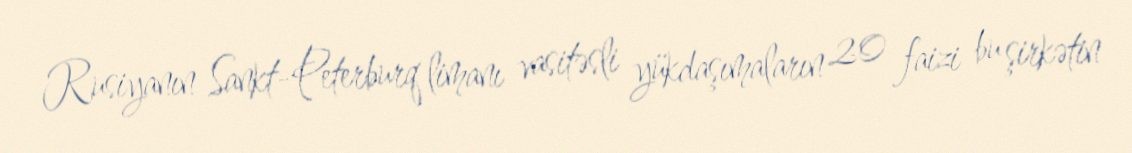
Rusiyanın Sankt-Peterburq limanı vasitəsli yükdaşımaların 20 faizi bu şirkətin